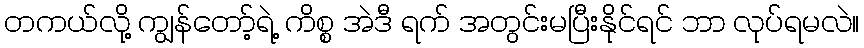
တကယ်လို့ ကျွန်တော့်ရဲ့ ကိစ္စ အဲဒီ ရက် အတွင်းမပြီးနိုင်ရင် ဘာ လုပ်ရမလဲ။